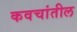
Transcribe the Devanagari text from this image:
कवचांतील